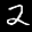
Label: 2